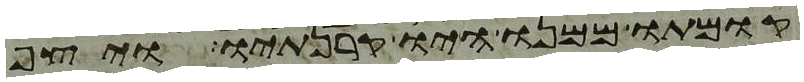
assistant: קומתו ממנו היו קרנתיו ויצף